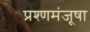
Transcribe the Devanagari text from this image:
प्रश्णमंजूषा